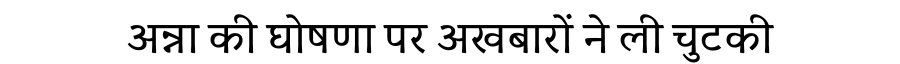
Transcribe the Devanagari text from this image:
अन्ना की घोषणा पर अखबारों ने ली चुटकी